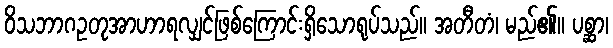
ဝိသဘာဂဥတုအာဟာရလျှင်ဖြစ်ကြောင်းရှိသောရုပ်သည်။ အတီတံ၊ မည်၏။ ပစ္ဆာ၊